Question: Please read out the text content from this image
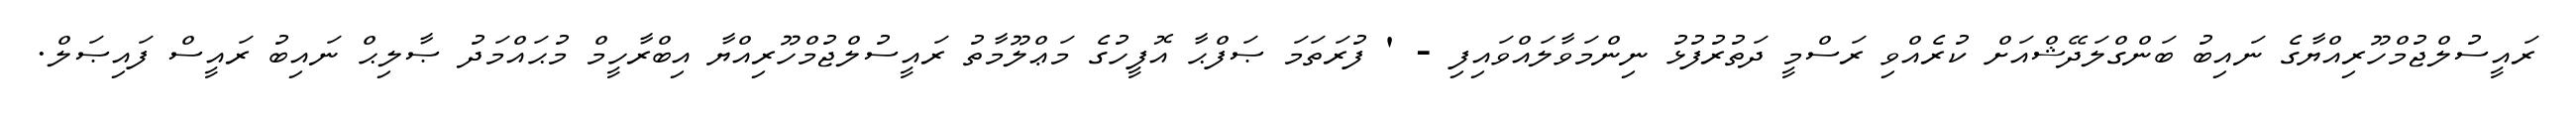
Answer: ރައީސުލްޖުމްހޫރިއްޔާގެ ނައިބު ބަންގްލަދޭޝްއަށް ކުރެއްވި ރަސްމީ ދަތުރުފުޅު ނިންމަވާލައްވައިފި - ' ފުރަތަމަ ޞަފްޙާ އޮފީހުގެ މަޢްލޫމާތު ރައީސުލްޖުމްހޫރިއްޔާ އިބްރާހީމް މުޙައްމަދު ޞާލިޙް ނައިބު ރައީސް ފައިޞަލް.